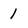
Character: 1